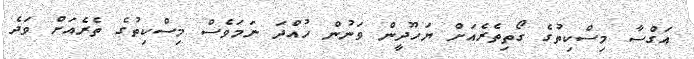
އަގްސާ މިސްކިތުގެ ގޯތިތެރެއަށް ޔަހޫދީން ވަނުން ހުއްދަ ނަމަވެސް މިސްކިތުގެ ތެރެއަށް ވަދެ